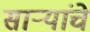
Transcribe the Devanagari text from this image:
साऱ्यांचे